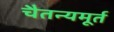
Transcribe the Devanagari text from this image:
चैतन्यमूर्त